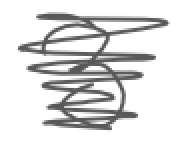
Text: 3
Cross-out: scratch
Writing tool: digital_gray